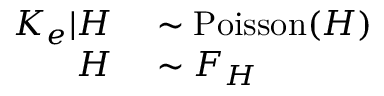
\begin{array} { r l } { K _ { e } | H } & { { } \sim \operatorname { P o i s s o n } ( H ) } \\ { H } & { { } \sim F _ { H } } \end{array}